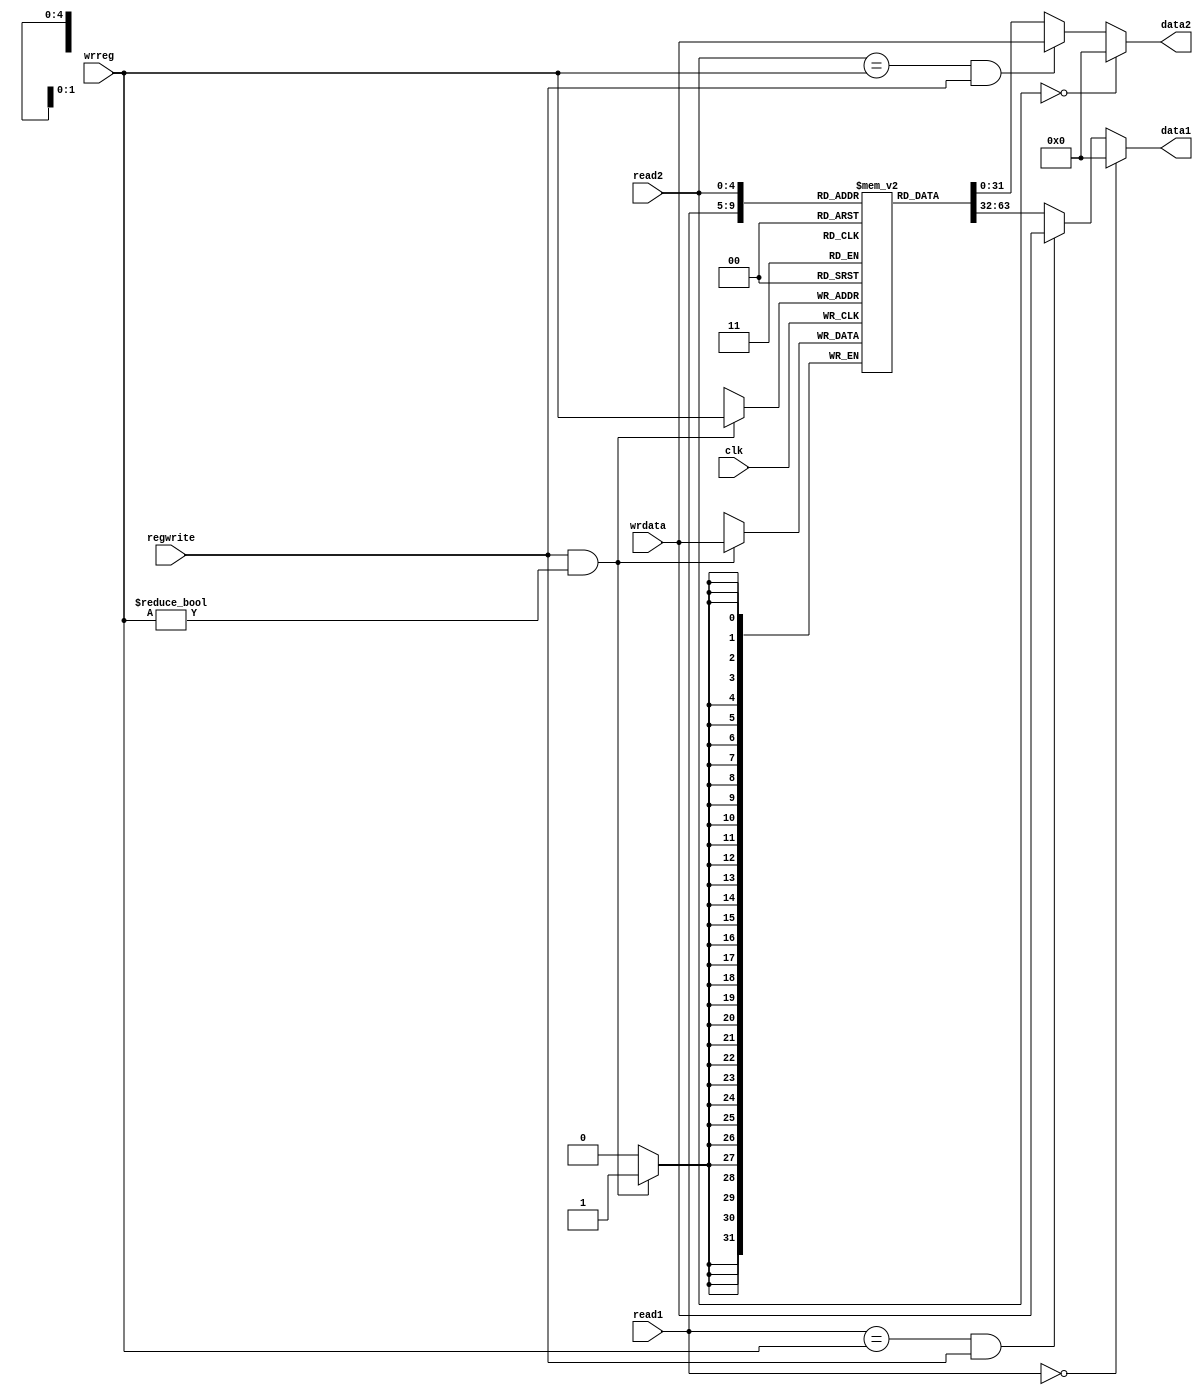
/*
 * regm - register memory
 *
 * A 32-bit register memory.  Two registers can be read at once. The
 * variables `read1` and `read2` specify which registers to read.  The
 * output is placed in `data1` and `data2`.
 *
 * If `regwrite` is high, the value in `wrdata` will be written to the
 * register in `wrreg`.
 *
 * The register at address $zero is treated special, it ignores
 * assignment and the value read is always zero.
 *
 * If the register being read is the same as that being written, the
 * value being written will be available immediately without a one
 * cycle delay.
 *
 */

`ifndef _regm
`define _regm

`ifndef DEBUG_CPU_REG
`define DEBUG_CPU_REG 0
`endif

module regm(
		input wire			clk,
		input wire  [4:0]	read1, read2,
		output wire [31:0]	data1, data2,
		input wire			regwrite,
		input wire	[4:0]	wrreg,
		input wire	[31:0]	wrdata);

	reg [31:0] mem [0:31];  // 32-bit memory with 32 entries

	reg [31:0] _data1, _data2;

	initial begin
		if (`DEBUG_CPU_REG) begin
			$display("     $v0,      $v1,      $t0,      $t1,      $t2,      $t3,      $t4,      $t5,      $t6,      $t7");
			$monitor("%x, %x, %x, %x, %x, %x, %x, %x, %x, %x",
					mem[2][31:0],	/* $v0 */
					mem[3][31:0],	/* $v1 */
					mem[8][31:0],	/* $t0 */
					mem[9][31:0],	/* $t1 */
					mem[10][31:0],	/* $t2 */
					mem[11][31:0],	/* $t3 */
					mem[12][31:0],	/* $t4 */
					mem[13][31:0],	/* $t5 */
					mem[14][31:0],	/* $t6 */
					mem[15][31:0],	/* $t7 */
				);
		end
	end

	always @(*) begin
		if (read1 == 5'd0)
			_data1 = 32'd0;
		else if ((read1 == wrreg) && regwrite)
			_data1 = wrdata;
		else
			_data1 = mem[read1][31:0];
	end

	always @(*) begin
		if (read2 == 5'd0)
			_data2 = 32'd0;
		else if ((read2 == wrreg) && regwrite)
			_data2 = wrdata;
		else
			_data2 = mem[read2][31:0];
	end

	assign data1 = _data1;
	assign data2 = _data2;

	always @(posedge clk) begin
		if (regwrite && wrreg != 5'd0) begin
			// write a non $zero register
			mem[wrreg] <= wrdata;
		end
	end
endmodule

`endif